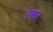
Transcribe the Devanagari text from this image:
ऐन्डज़